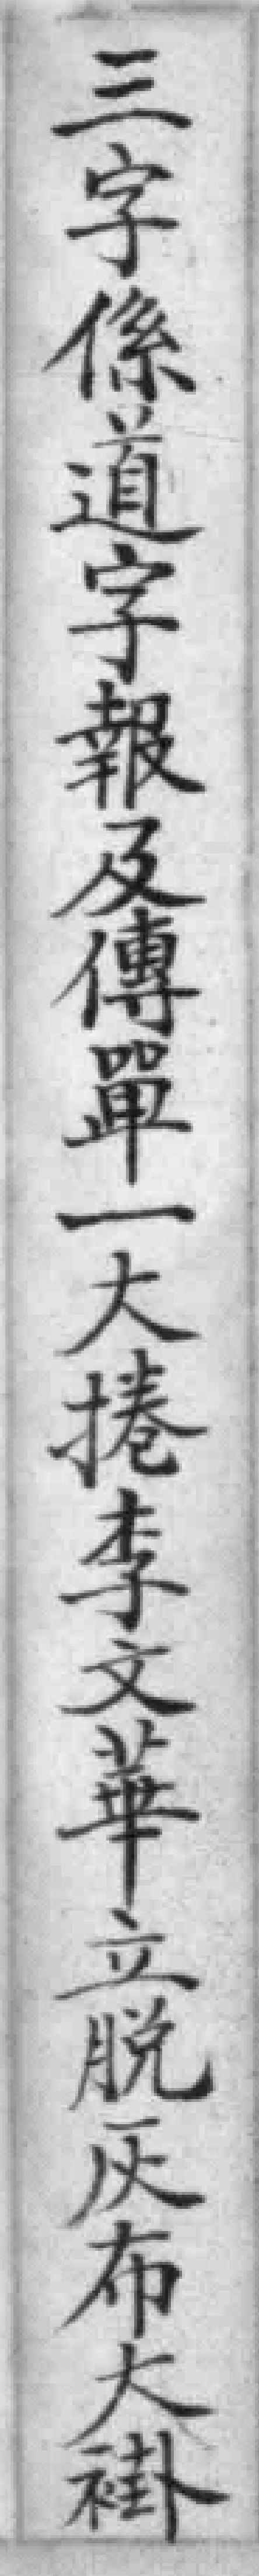
三字係道字報及傳單一大捲李文華立脱灰布大褂